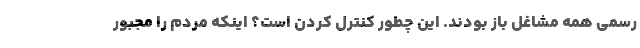
رسمی همه مشاغل باز بودند. این چطور کنترل کردن است؟ اینکه مردم را مجبور